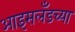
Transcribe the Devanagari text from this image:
आइसलँडच्या